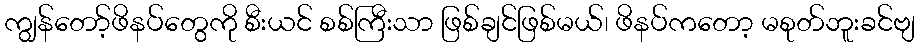
ကျွန်တော့်ဖိနပ်တွေကို စီးယင် စစ်ကြီးသာ ဖြစ်ချင်ဖြစ်မယ်၊ ဖိနပ်ကတော့ မစုတ်ဘူးခင်ဗျ